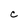
Character: C